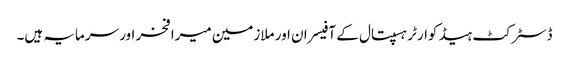
ڈسٹرکٹ ہیڈ کوارٹر ہسپتال کے آفیسران اور ملازمین میرا فخر اور سرمایہ ہیں۔